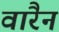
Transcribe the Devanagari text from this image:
वारैन